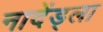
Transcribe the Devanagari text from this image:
नादेंड्ला